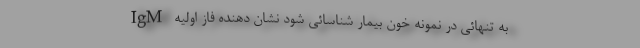
IgM به تنهائی در نمونه خون بیمار شناسائی شود نشان دهنده فاز اولیه